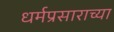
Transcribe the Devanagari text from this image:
धर्मप्रसाराच्या